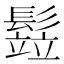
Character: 𩮗